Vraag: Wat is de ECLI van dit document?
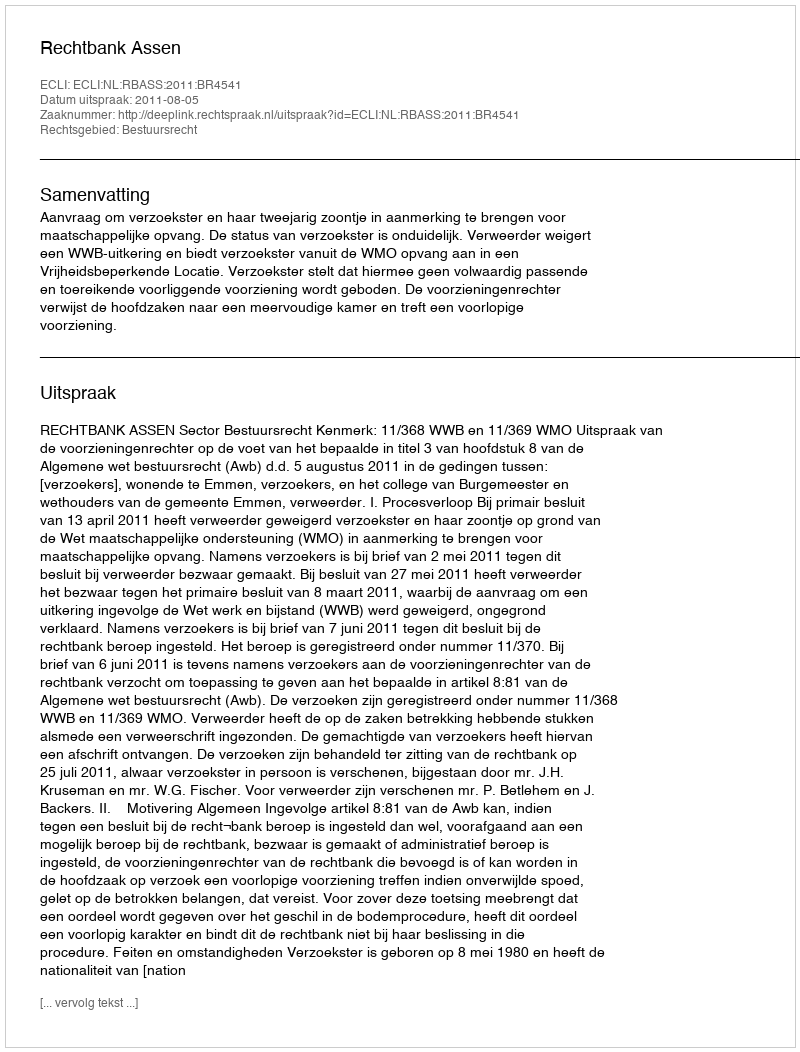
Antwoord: ECLI:NL:RBASS:2011:BR4541